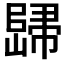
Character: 𲉡